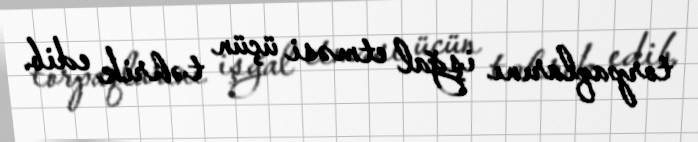
torpaqlarını işğal etməsi üçün təhrik edib.